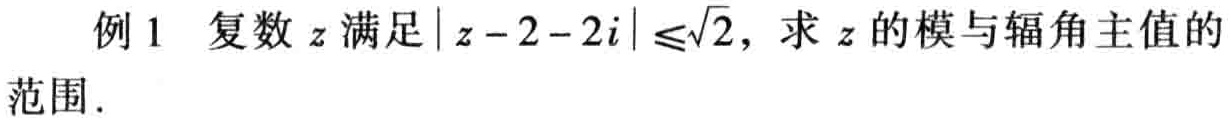
例 1 复数 \(z\) 满足\(\vert z - 2 - 2i\vert\leqslant\sqrt{2}\)，求 \(z\) 的模与辐角主值的范围.